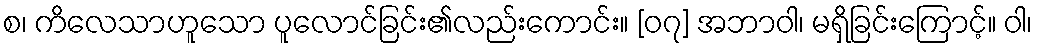
စ၊ ကိလေသာဟူသော ပူလောင်ခြင်း၏လည်းကောင်း။ [၀၇] အဘာဝါ၊ မရှိခြင်းကြောင့်။ ဝါ၊